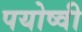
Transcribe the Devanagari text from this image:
पयोष्वी